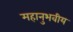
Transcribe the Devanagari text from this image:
महानुभवीय